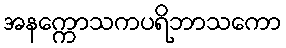
အနက္ကောသကပရိဘာသကော